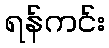
ရန်ကင်း